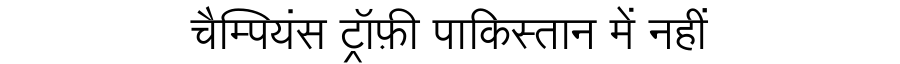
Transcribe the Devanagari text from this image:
चैम्पियंस ट्रॉफ़ी पाकिस्तान में नहीं